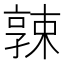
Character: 𡦚